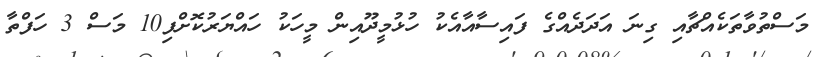
މަސްތުވާތަކެއްޗާއި ގިނަ އަދަދެއްގެ ފައިސާއާއެކު ހުޅުމީދޫއިން މީހަކު ހައްޔަރުކޮށްފި10 މަސް 3 ހަފްތާ